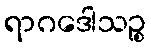
ရာဂဒေါသဉ္စ